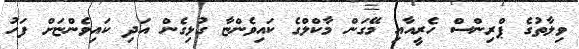
ވިލާތުގެ ޕްރިންސް ހެރީއާއި މޭގަން މާކްލްގެ ކައިވެންޏާ ގުޅިގެން އަދި ކައިވެންޏަށް ފަހު